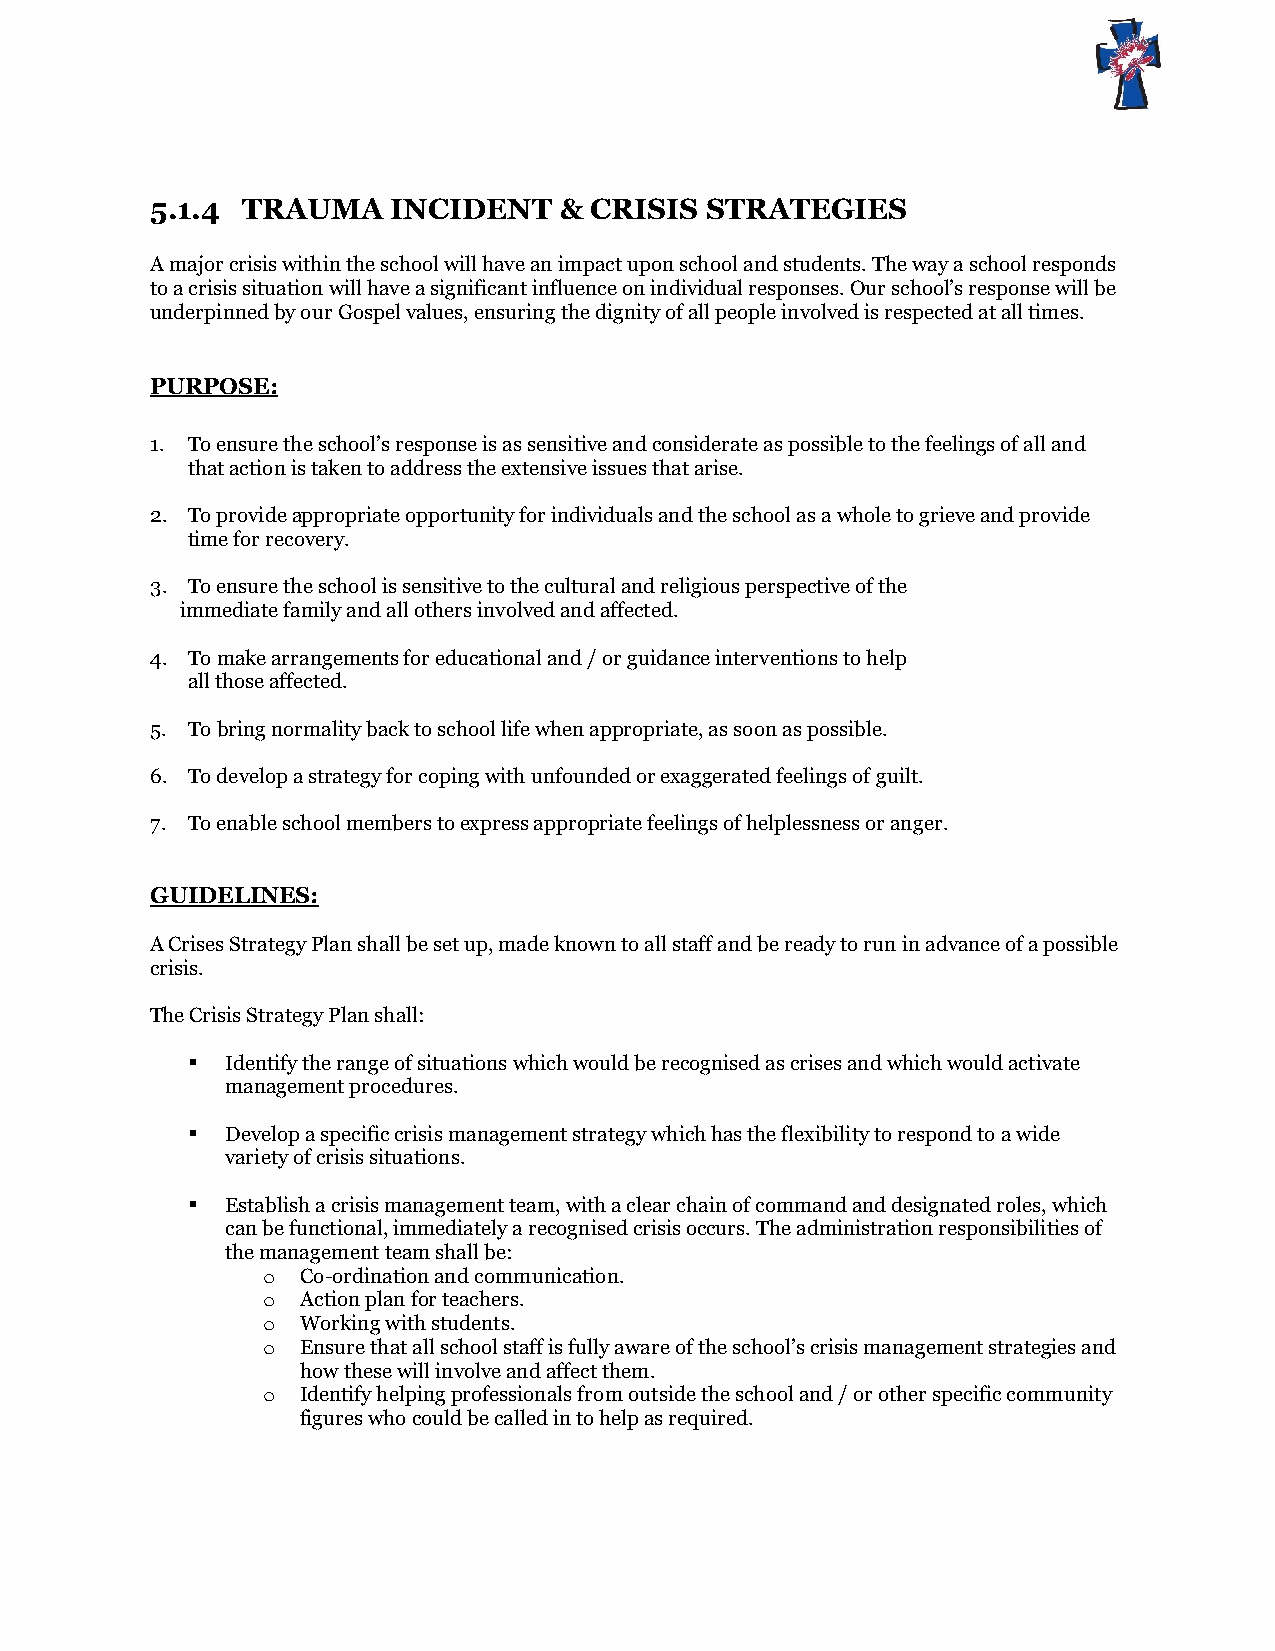
5.1.4 TRAUMA    INCIDENT   & CRISIS  STRATEGIES
 A major crisis within the school will have an impact upon school and students. The way a school responds
 to a crisis situation will have a significant influence on individual responses. Our school’s response will be
 underpinned by our Gospel values, ensuring the dignity of all people involved is respected at all times.
 PURPOSE:
 1. To ensure the school’s response is as sensitive and considerate as possible to the feelings of all and
 that action is taken to address the extensive issues that arise.
 2. To provide appropriate opportunity for individuals and the school as a whole to grieve and provide
 time for recovery.
 3. To ensure the school is sensitive to the cultural and religious perspective of the
 immediate family and all others involved and affected.
 4. To make arrangements for educational and / or guidance interventions to help
 all those affected.
 5. To bring normality back to school life when appropriate, as soon as possible.
 6. To develop a strategy for coping with unfounded or exaggerated feelings of guilt.
 7. To enable school members to express appropriate feelings of helplessness or anger.
 GUIDELINES:
 A Crises Strategy Plan shall be set up, made known to all staff and be ready to run in advance of a possible
 crisis.
 The Crisis Strategy Plan shall:
   Identify the range of situations which would be recognised as crises and which would activate
 management procedures.
   Develop a specific crisis management strategy which has the flexibility to respond to a wide
 variety of crisis situations.
   Establish a crisis management team, with a clear chain of command and designated roles, which
 can be functional, immediately a recognised crisis occurs. The administration responsibilities of
 the management team shall be:
 o  Co-ordination and communication.
 o  Action plan for teachers.
 o  Working with students.
 o  Ensure that all school staff is fully aware of the school’s crisis management strategies and
 how these will involve and affect them.
 o  Identify helping professionals from outside the school and / or other specific community
 figures who could be called in to help as required.